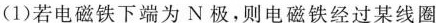
(1)若电磁铁下端为N极，则电磁铁经过某线圈